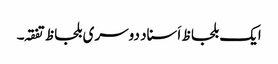
ایک بلحاظ اَسناد دوسری بلحاظ تفقہ۔